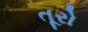
તૂરો